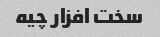
سخت افزار چیه